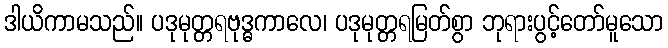
ဒါယိကာမသည်။ ပဒုမုတ္တရဗုဒ္ဓကာလေ၊ ပဒုမုတ္တရမြတ်စွာ ဘုရားပွင့်တော်မူသော